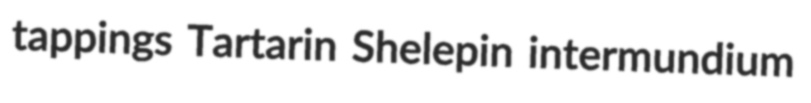
tappings Tartarin Shelepin intermundium